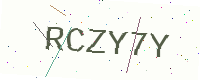
Text: RCZY7Y